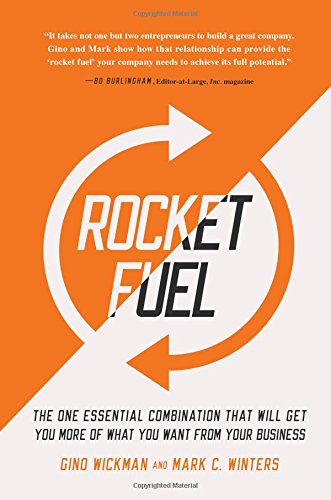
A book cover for Rocket Fuel: The One Essential Combination That Will Get You More of What You Want from Your Business; Gino Wickman; Business & Money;